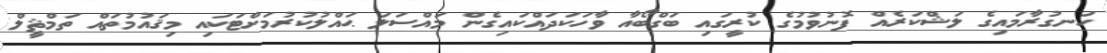
ހަނގުރާމައިގެ ލަޝްކަރެއް ފޮނުވުމުގެ ކުރީގައި ބަގްބޯއާ ވާހަކަދައްކައިގެން މައްސަލަ ޙައްލުކުރުމަށްޓަކައި މިޤައުމުތައް ތަމްޘީލް